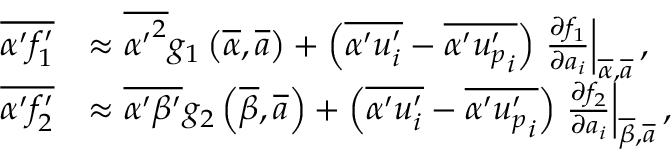
\begin{array} { r l } { \overline { { \alpha ^ { \prime } f _ { 1 } ^ { \prime } } } } & { \approx \overline { { { \alpha ^ { \prime } } ^ { 2 } } } g _ { 1 } \left( \overline { { \alpha } } , \overline { { \boldsymbol a } } \right) + \left( \overline { { \alpha ^ { \prime } u _ { i } ^ { \prime } } } - \overline { { \alpha ^ { \prime } { u _ { p } ^ { \prime } } _ { i } } } \right) \left. \frac { \partial f _ { 1 } } { \partial { a } _ { i } } \right| _ { \overline { { \alpha } } , \overline { { \boldsymbol { a } } } } , } \\ { \overline { { \alpha ^ { \prime } f _ { 2 } ^ { \prime } } } } & { \approx \overline { { \alpha ^ { \prime } \beta ^ { \prime } } } g _ { 2 } \left( \overline { { \beta } } , \overline { { \boldsymbol a } } \right) + \left( \overline { { \alpha ^ { \prime } u _ { i } ^ { \prime } } } - \overline { { \alpha ^ { \prime } { { u _ { p } ^ { \prime } } _ { i } } } } \right) \left. \frac { \partial f _ { 2 } } { \partial { a _ { i } } } \right| _ { \overline { { \beta } } , \overline { { \boldsymbol { a } } } } , } \end{array}